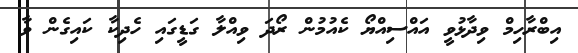
އިބްރާހިމް ވިދާޅުވީ އައްސިއްޔޯ ކެއުމުން ރޯދަ ވިއްލާ ގަޑީގައި ހެދިކާ ކައިގެން ވާ